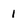
Character: 1